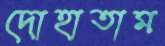
দোহাতাম